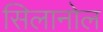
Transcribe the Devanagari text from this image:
सिलानोल